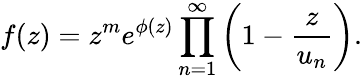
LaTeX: f(z)=z^{m}e^{\phi(z)}\prod_{n=1}^{\infty}\left(1-{\frac{z}{u_{n}}}\right).